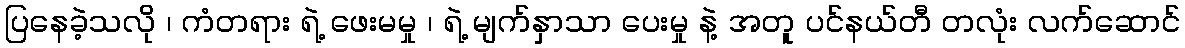
ပြနေခဲ့သလို ၊ ကံတရား ရဲ့ ဖေးမမှု ၊ ရဲ့ မျက်နှာသာ ပေးမှု နဲ့ အတူ ပင်နယ်တီ တလုံး လက်ဆောင်